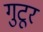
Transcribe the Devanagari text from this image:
गुटूर